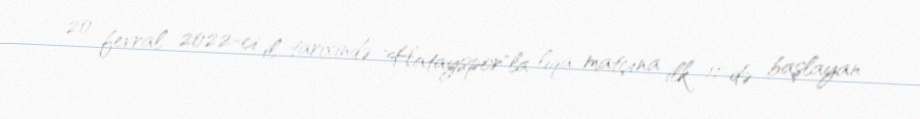
20 fevral 2022-ci il tarixində "Hatayspor"la liqa matçına ilk 11-də başlayan